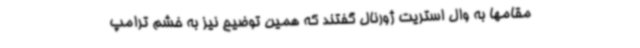
مقامها به وال استریت ژورنال گفتند که همین توضیح نیز به خشم ترامپ